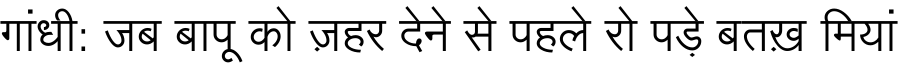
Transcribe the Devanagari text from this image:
गांधी: जब बापू को ज़हर देने से पहले रो पड़े बतख़ मियां